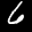
Label: 6